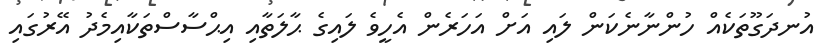
އުނދަގޫތަކެއް ހުންނާނެކަން ލައި އަށް އަހަރެން އެހީވެ ލައިގެ ޙާލަތާއި އިޙްސާސްތަކާއިމެދު އޭރުގައި